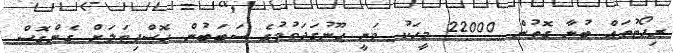
ރިޕޯޓުތައް ބުނާ ގޮތުން 22000 މީހަކު ވަނީ ހޫނުގަދަވުމުގެ ސަބަބުން ހޮސްޕިޓަލަށް ގެންގޮސް